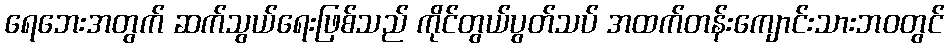
ရေဘေးအတွက် ဆက်သွယ်ရေးဖြစ်သည် ကိုင်တွယ်ပွတ်သပ် အထက်တန်းကျောင်းသားဘဝတွင်